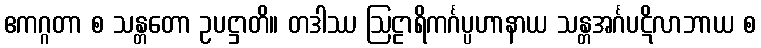
ဧကဂ္ဂတာ စ သန္တတော ဥပဋ္ဌာတိ။ တဒါဿ ဩဠာရိကင်္ဂပ္ပဟာနာယ သန္တအင်္ဂပဋိလာဘာယ စ